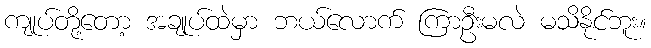
ကျုပ်တို့တော့ အချုပ်ထဲမှာ ဘယ်လောက် ကြာဦးမလဲ မသိနိုင်ဘူး။